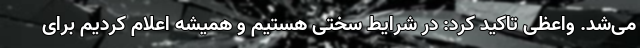
می‌شد. واعظی تاکید کرد: در شرایط سختی هستیم و همیشه اعلام کردیم برای